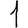
Digit: 1